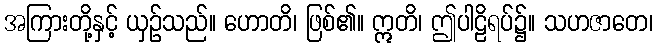
အကြားတို့နှင့် ယှဉ်သည်။ ဟောတိ၊ ဖြစ်၏။ ဣတိ၊ ဤပါဠိရပ်၌။ သဟဇာတေ၊